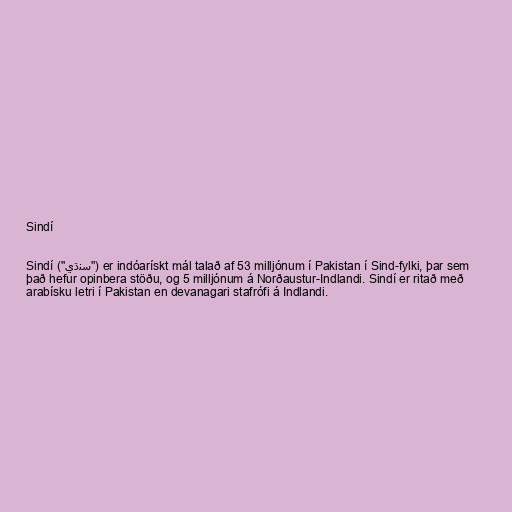
Sindí

Sindí ("سنڌي") er indóarískt mál talað af 53 milljónum í Pakistan í Sind-fylki, þar sem
það hefur opinbera stöðu, og 5 milljónum á Norðaustur-Indlandi. Sindí er ritað með
arabísku letri í Pakistan en devanagari stafrófi á Indlandi.